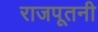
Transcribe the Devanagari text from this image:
राजपूतनी